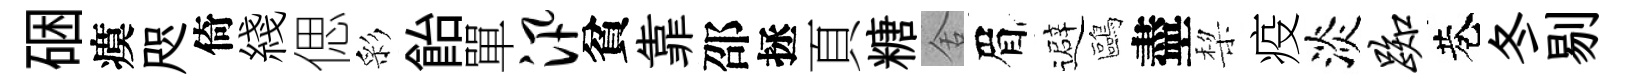
硱瘼咫倚綫偲彩飴單汛貧靠邵拯頁糖舍眉避鷗盡棃疫淡踟巷冬剔